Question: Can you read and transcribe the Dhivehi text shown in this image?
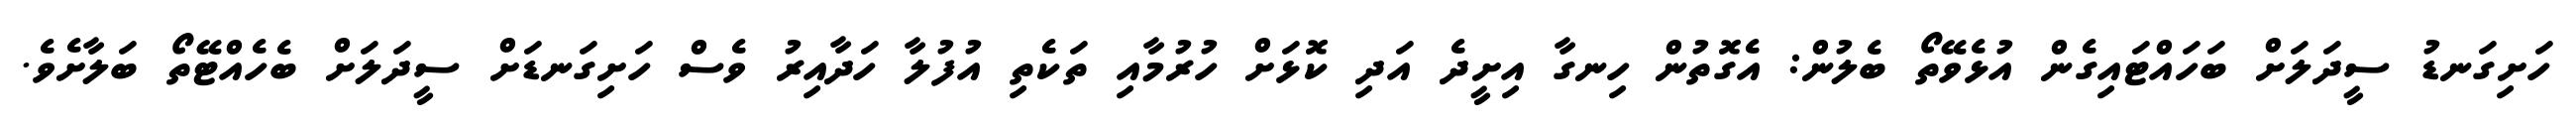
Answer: ހަށިގަނޑު ސީދަލަށް ބަހައްޓައިގެން އުޅެވޭތޯ ބެލުން: އެގޮތުން ހިނގާ އިށީދެ އަދި ކޮޅަށް ހުރުމާއި ތަކެތި އުފުލާ ހަދާއިރު ވެސް ހަށިގަނޑަށް ސީދަލަށް ބެހެއްޓޭތޯ ބަލާށެވެ.